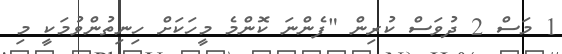
1 މަސް 2 ދުވަސް ކުރިން "ފެންނަ ކޮންމެ މީހަކަށް ހިނިތުންވުމަކީ މި